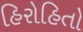
હિરોહિતો